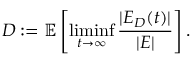
D : = \mathbb { E } \left[ \operatorname* { l i m i n f } _ { t \to \infty } \frac { | E _ { D } ( t ) | } { | E | } \right] .